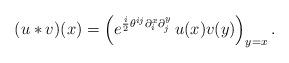
LaTeX: \begin{align*} (u * v)(x) = \Bigl( e^{ \frac i2 \theta^{ij} \partial_i^x \partial_j^y }\, u(x) v(y) \Bigr)_{y=x} \,.\end{align*}